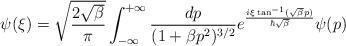
LaTeX: \begin{align*}\psi({\xi}) = \sqrt{\frac{2\sqrt{\beta}}{\pi}} \int_{-\infty}^{+\infty}\frac{dp}{(1+\beta p^2)^{3/2}} e^{\frac{i{\xi} \tan^{-1}(\sqrt{\beta} p)}{\hbar \sqrt{\beta}}} \psi(p)\end{align*}